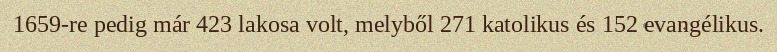
1659-re pedig már 423 lakosa volt, melyből 271 katolikus és 152 evangélikus.